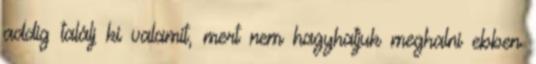
addig találj ki valamit, mert nem hagyhatjuk meghalni ebben